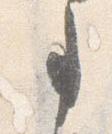
事